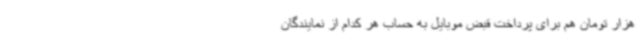
هزار تومان هم برای پرداخت قبض موبایل به حساب هر کدام از نمایندگان